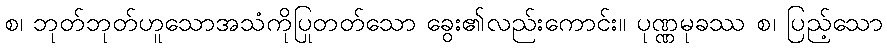
စ၊ ဘုတ်ဘုတ်ဟူသောအသံကိုပြုတတ်သော ခွေး၏လည်းကောင်း။ ပုဏ္ဏမုခဿ စ၊ ပြည့်သော